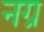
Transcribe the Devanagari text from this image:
नग्र